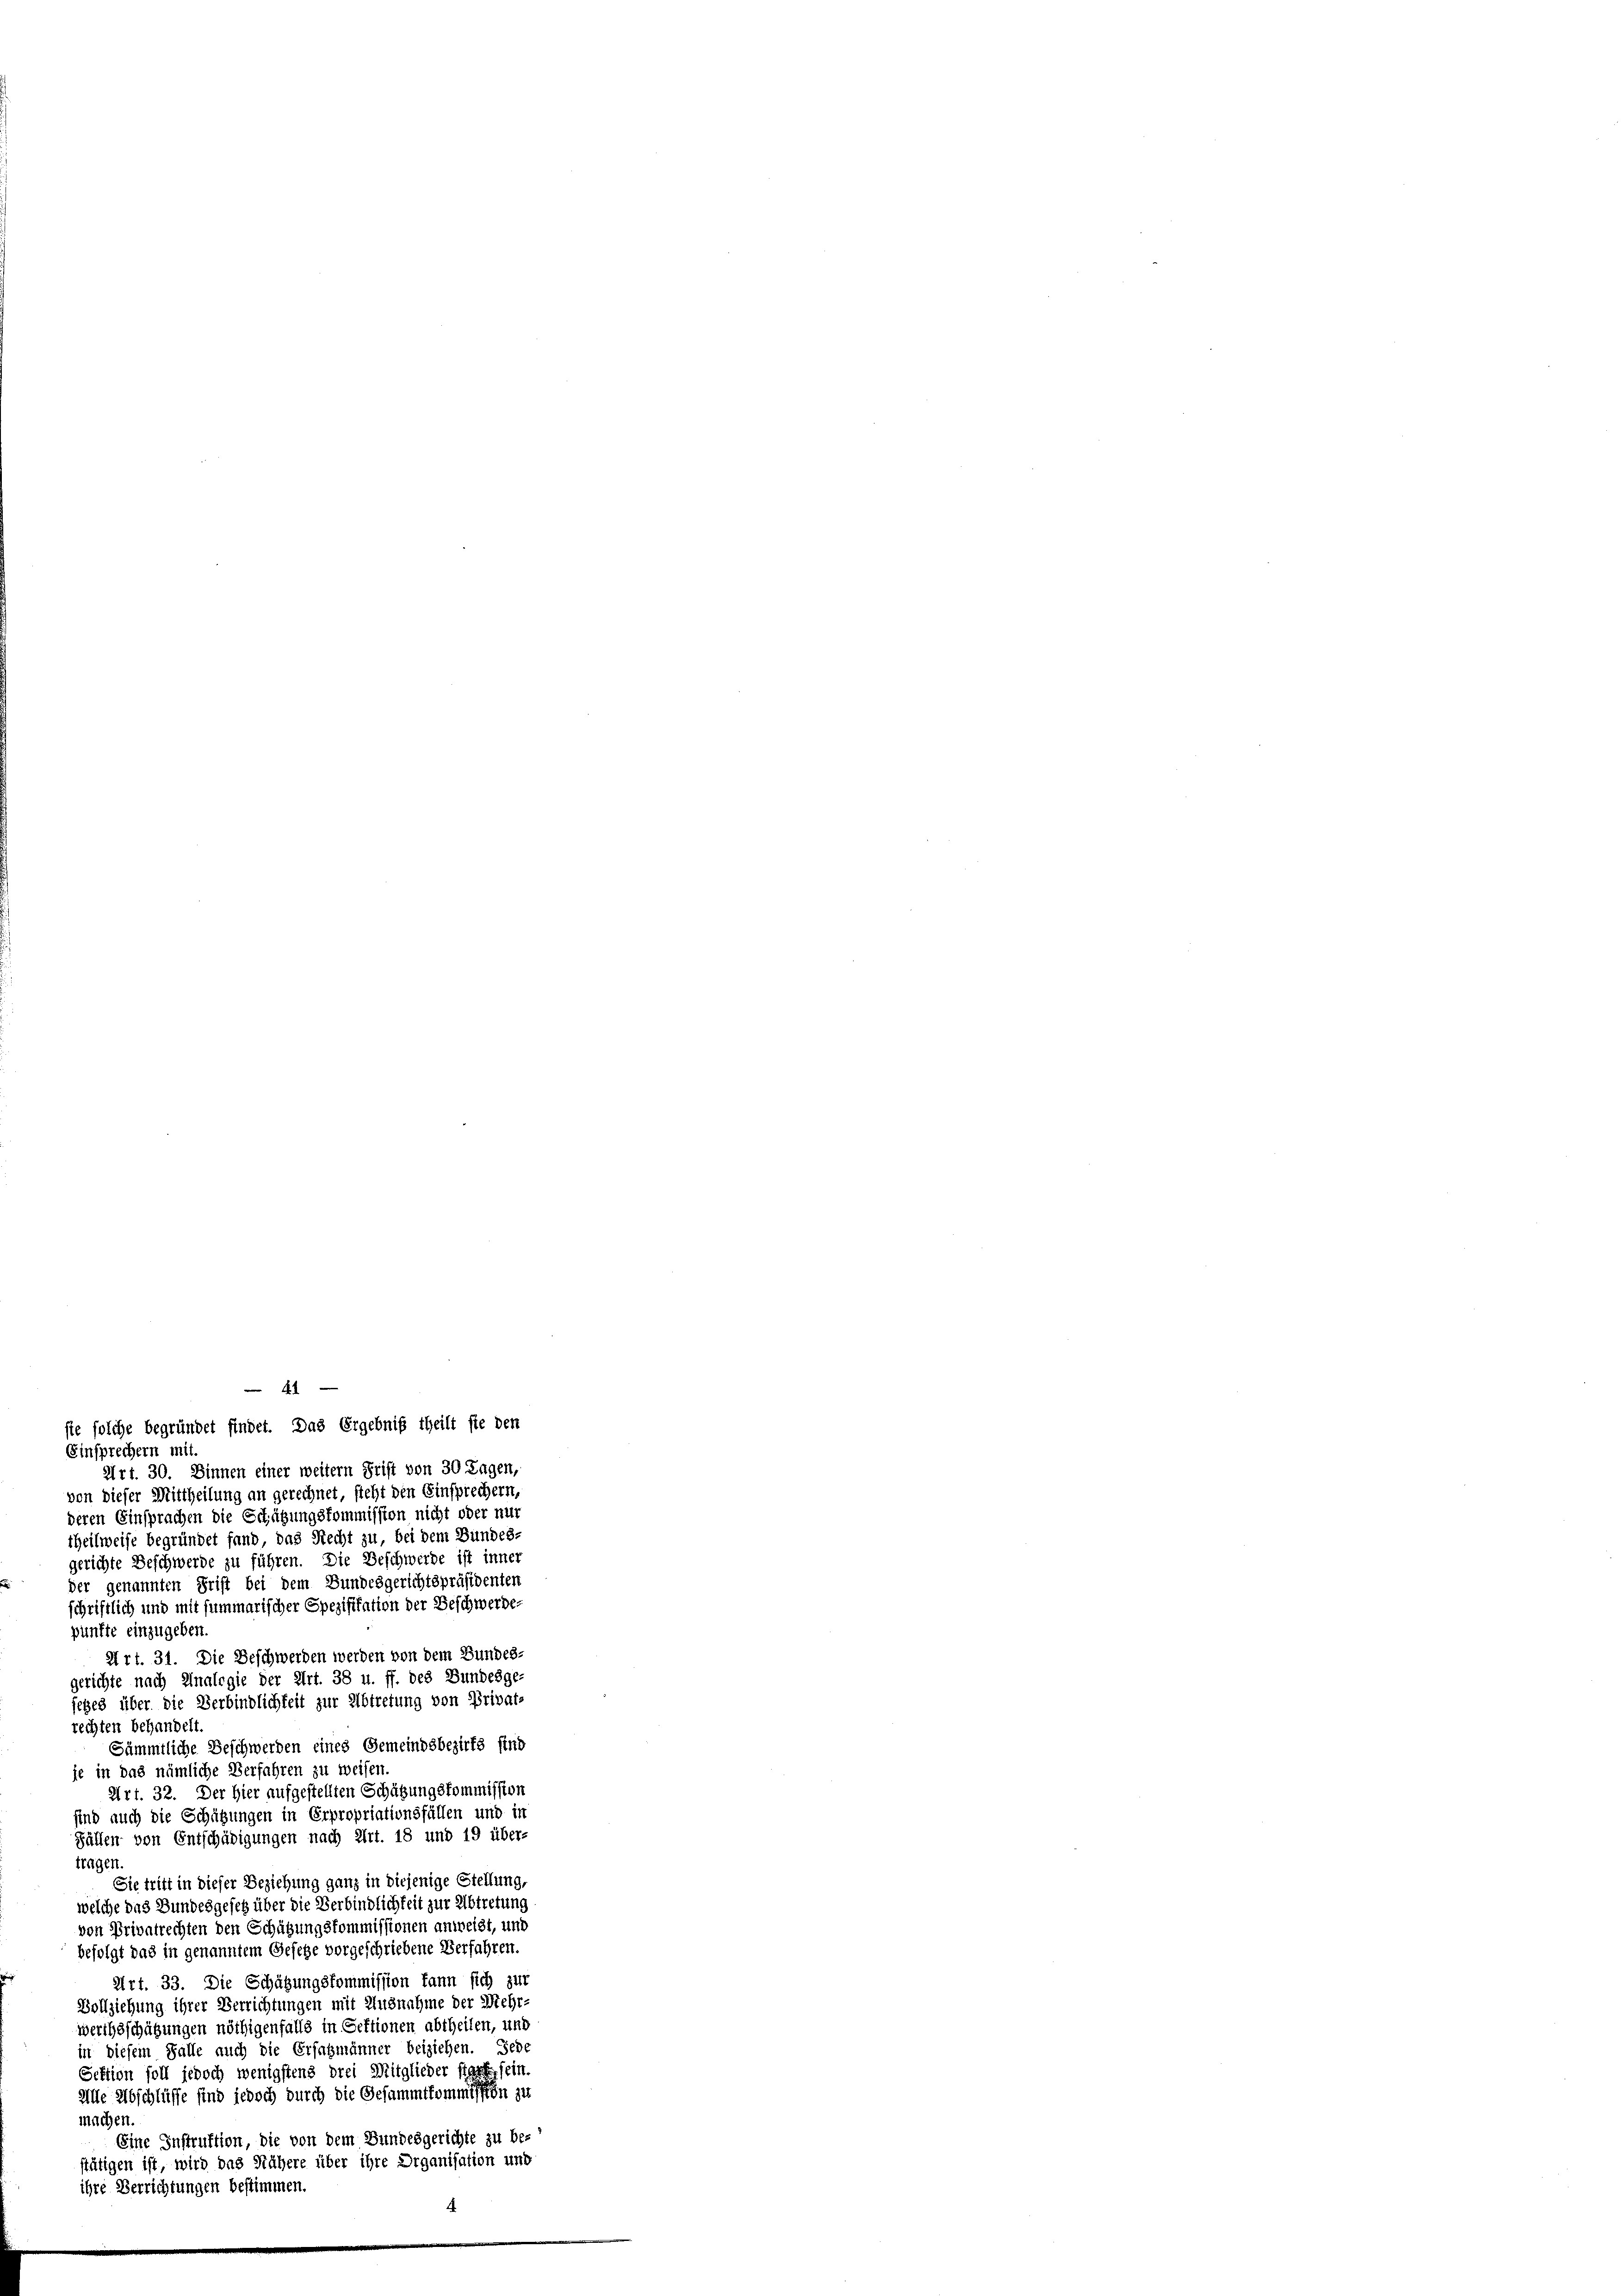
41
sie solche begründet findet. Das Ergebniß theilt sie den

Einsprechern mit.
Art. 30. Dinnen einer weitern Frist von 30 Tagen,
von dieser Mittheilung an gerechnet, steht den Einsprechern,
deren Einsprachen die Schätzungskommission nicht oder nur
theilweise begründet fand, das Recht zu, bei dem Bundes-
gerichte Beschwerde zu führen. Die Beschwerde ist inner
der genannten Frist bei dem Bundesgerichtspräsidenten
schriftlich und mit summarischer Spezifikation der Beschwerde-
pünfte einzugeben.
Art. 31. Die Beschwerden werden von dem Bundes-
gerichte nach Analogie der Art. 38 u. ff. des Bundesge-
setzes über die Verbindlichkeit zur Abtretung von Privats
rechten behandelt.
Sämmtliche Beschwerden eines Gemeindsbezirks find
je in das nämliche Verfahren zu weisen.
Art. 32. Der Hier aufgestellten Schätzungskommission
sind auch die Schützungen in Erpropriationsfällen und in
Fällen von Entschädigungen nach Art. 18 und 19 über-
tragen.
Sie tritt in dieser Beziehung ganz in diejenige Stellung,
welche das Bundesgesetz über die Verbindlichkeit zur Abtretung
von Privatrechten den Schätzungskommissionen anweist, und
befolgt das in genanntem Gesetze vorgeschriebene Verfahren.
Art. 33. Die Schätzungskommission kann sich zur
Vollziehung ihrer Verrichtungen mit Ausnahme der Mehr-
werthsschätzungen nöthigenfalls in Sektionen abtheilen, und
in diesem Falle auch die Erfagmänner beiziehen. Jede
Sektion soll jedoch wenigstens drei Mitglieder stark sein.
Alle Abschlüsse sind jedoch durch die Gesammtkommission zu
machen
Eine Instruktion, die von dem Bundesgerichte zu be-
stätigen ist, wird das Nähere über ihre Organisation und
ihre Verrichtungen bestimmen.